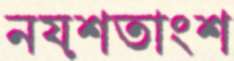
নয়শতাংশ